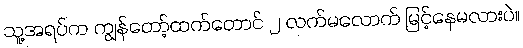
သူ့အရပ်က ကျွန်တော့်ထက်တောင် ၂ လက်မလောက် မြင့်နေမလားပဲ။